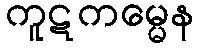
ကူဋကမ္မေန